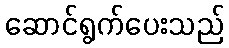
ဆောင်ရွက်ပေးသည်